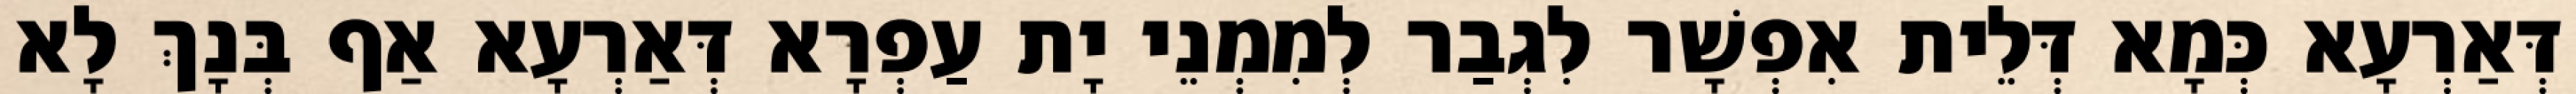
דְּאַרְעָא כְּמָא דְּלֵית אִפְשָׁר לִגְבַר לְמִמְנֵי יָת עַפְרָא דְּאַרְעָא אַף בְּנָךְ לָא